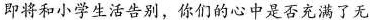
即将和小学生活告别，你们的心中是否充满了无